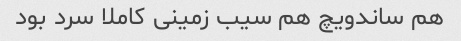
هم ساندویچ هم سیب زمینی کاملا سرد بود